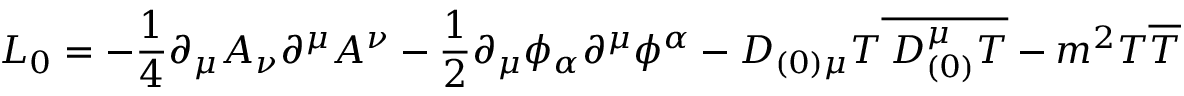
{ \cal L } _ { 0 } = - \frac { 1 } { 4 } \partial _ { \mu } A _ { \nu } \partial ^ { \mu } A ^ { \nu } - \frac { 1 } { 2 } \partial _ { \mu } \phi _ { \alpha } \partial ^ { \mu } \phi ^ { \alpha } - D _ { ( 0 ) \mu } T \overline { { { \: D _ { ( 0 ) } ^ { \mu } T } } } - m ^ { 2 } T \overline { { { T } } }